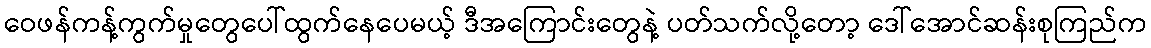
ဝေဖန်ကန့်ကွက်မှုတွေပေါ်ထွက်နေပေမယ့် ဒီအကြောင်းတွေနဲ့ ပတ်သက်လို့တော့ ဒေါ်အောင်ဆန်းစုကြည်က